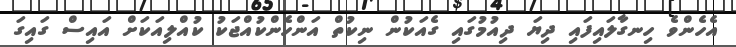
އެހެންވެ ހިނގާލައިފައި ދިޔަ ދިއުމުގައި ގެއަކުން ނިކުތް އަންހެންކުއްޖަކު ކުއްލިއަކަށް އައިސް ގައިގަ